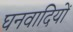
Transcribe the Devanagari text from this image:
घनवादियों